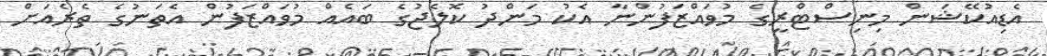
އެޑިއުކޭޝަން މިނިސްޓްރީގެ މުވައްޒަފުންނާ އެކު މަންދު ކޮލެޖުގެ ބައެއް މުވައްޒަފުން އެތަނުގެ ތެރެއަށް